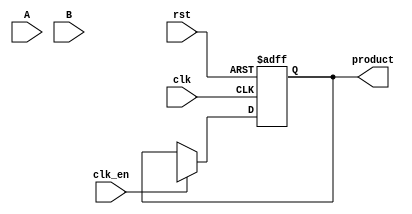
module WallaceTreeMultiplier #(parameter N = 4) (
    input [N-1:0] A,
    input [N-1:0] B,
    input clk,
    input rst,
    input clk_en,
    output reg [2*N-1:0] product
);
    
    // Internal signals
    wire [N-1:0] pp [0:N-1]; // Partial products
    wire [2*N-1:0] sum [0:N-1]; // Sums at each stage
    wire [N-1:0] carry [0:N-1]; // Carries at each stage

    // Generate partial products
    genvar i;
    generate
        for (i = 0; i < N; i = i + 1) begin : pp_gen
            assign pp[i] = A & {N{B[i]}};
        end
    endgenerate

    // Wallace tree reduction stages
    generate
        for (i = 0; i < N-1; i = i + 1) begin : reduction
            if (i == 0) begin
                // First stage: Half Adders and Full Adders
                assign {carry[i][1], sum[i][0]} = pp[0][0] + pp[1][0]; // HA
                assign {carry[i][2], sum[i][1]} = pp[2][0] + pp[3][0]; // HA
                // Full Adders for the rest
                assign {carry[i][3], sum[i][2]} = pp[4][0] + pp[5][0] + carry[i][1]; // FA
                // Continue for remaining partial products...
            end else begin
                // Subsequent stages: Combine the previous stage's sums and carries
                assign {carry[i][0], sum[i][0]} = sum[i-1][0] + sum[i-1][1]; // HA
                assign {carry[i][1], sum[i][1]} = sum[i-1][2] + carry[i-1][0]; // FA
                // Continue combining...
            end
        end
    endgenerate

    // Final addition stage
    always @(posedge clk or posedge rst) begin
        if (rst) begin
            product <= 0;
        end else if (clk_en) begin
            // Final addition of the last two rows
            product <= sum[N-2] + carry[N-2];
        end
    end

endmodule